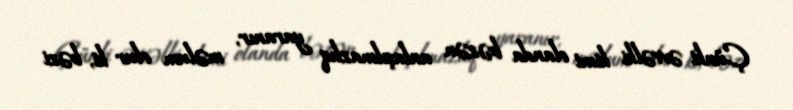
Çünki əvvəlki kimi olanda bəzən anlaşılmazlıq yaranır, məlum olur ki, bəzi